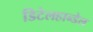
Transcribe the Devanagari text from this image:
डिटेलहान्डेल